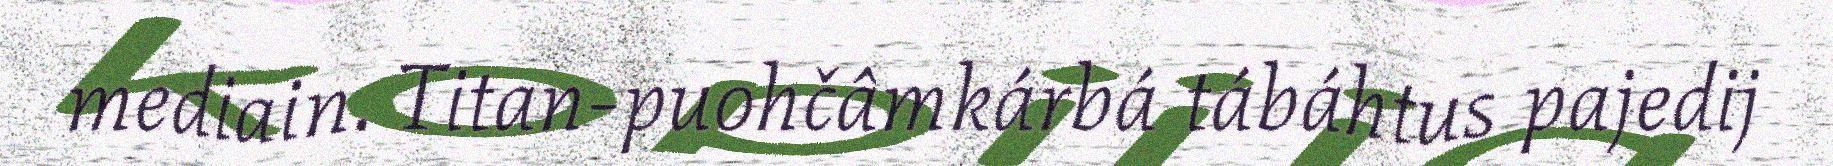
mediain. Titan-puohčâmkárbá tábáhtus pajedij